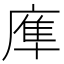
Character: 㢑